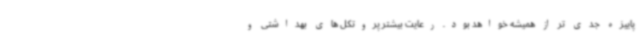
پاییزه جدی تر از همیشه خواهد بود. رعایت بیشتر پروتکل های بهداشتی و